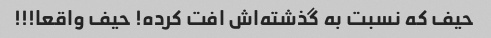
حیف که نسبت به گذشته‌اش افت کرده! حیف واقعا!!!